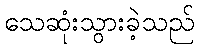
သေဆုံးသွားခဲ့သည်